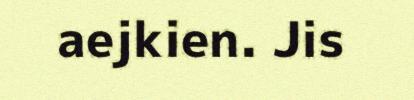
aejkien. Jis